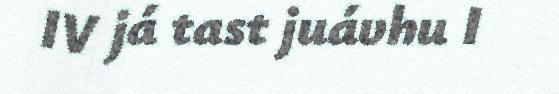
IV já tast juávhu I